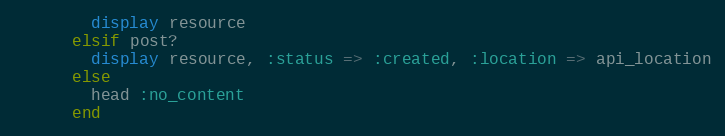
Language: Ruby
        display resource
      elsif post?
        display resource, :status => :created, :location => api_location
      else
        head :no_content
      end